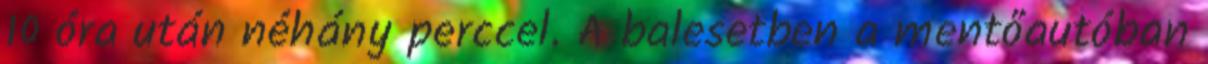
10 óra után néhány perccel. A balesetben a mentőautóban